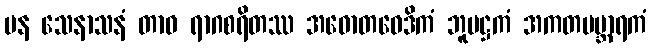
ပန သေနာသနံ တာဝ ရာဂစရိတဿ အဓောတဝေဒိကံ ဘူမဋ္ဌကံ အကတပဗ္ဘာရကံ